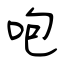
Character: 咆